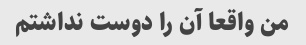
من واقعا آن را دوست نداشتم